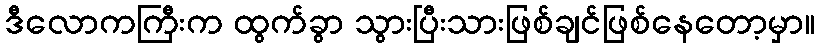
ဒီလောကကြီးက ထွက်ခွာ သွားပြီးသားဖြစ်ချင်ဖြစ်နေတော့မှာ။